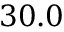
3 0 . 0